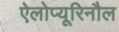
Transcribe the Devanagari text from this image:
ऐलोप्यूरिनौल